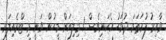
ވާއިރު ފުރަތަމަ ދުވަހު އެކަނިވެސް 1 މިލިއަން މީހުން ވަނީ މި ޓްރެއިލަރ